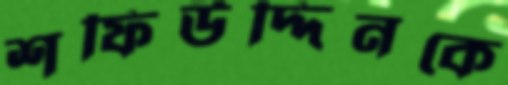
শফিউদ্দিনকে